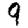
Digit: 9